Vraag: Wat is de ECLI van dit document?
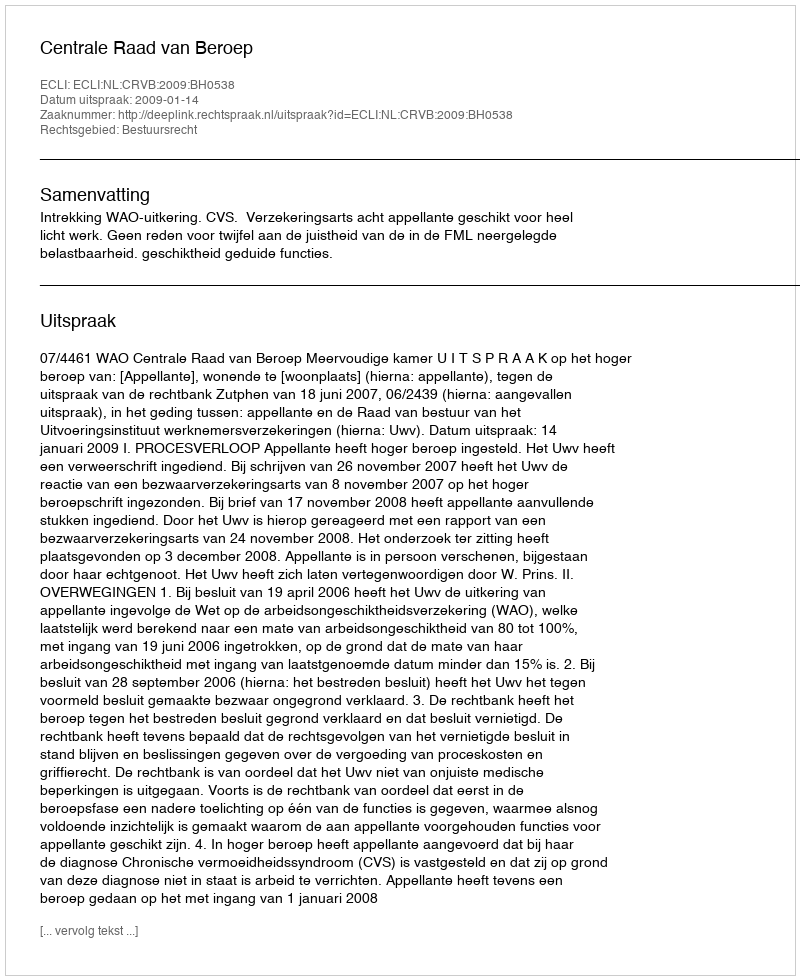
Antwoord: ECLI:NL:CRVB:2009:BH0538